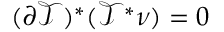
( \partial \mathcal { T } ) ^ { * } ( \mathcal { T } ^ { * } \nu ) = 0